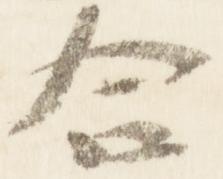
合